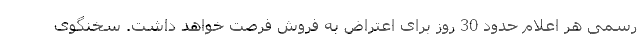
رسمی هر اعلام حدود 30 روز برای اعتراض به فروش فرصت خواهد داشت. سخنگوی